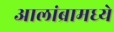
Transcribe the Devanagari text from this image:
आलांब्रामध्ये